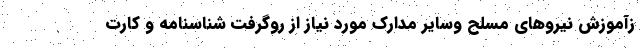
زآموزش نیروهای مسلح وسایر مدارک مورد نیاز از روگرفت شناسنامه و کارت